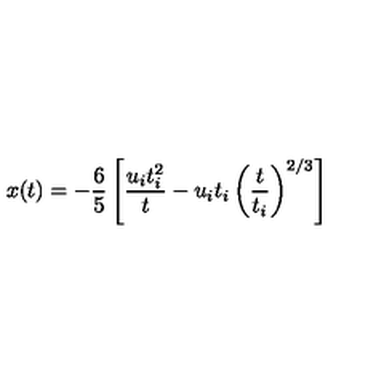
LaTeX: x ( t ) = - \frac { 6 } { 5 } \left[ \frac { u _ { i } t _ { i } ^ { 2 } } { t } - u _ { i } t _ { i } \left( \frac { t } { t _ { i } } \right) ^ { 2 / 3 } \right]